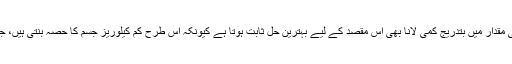
اسی طرح تحقیق میں بتایا گیا ہے کہ اپنی غذائی مقدار میں بتدریج کمی لانا بھی اس مقصد کے لیے بہترین حل ثابت ہوتا ہے کیونکہ اس طرح کم کیلوریز جسم کا حصہ بنتی ہیں، جس سے وزن میں کمی لانے میں مدد ملتی ہے۔